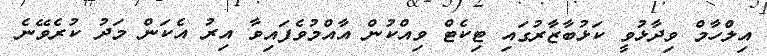
އިލްހާމް ވިދާޅުވީ ކަޅުބާޒާރުގައި ޓިކެޓް ވިއްކުން އާއްމުވެފައިވާ އިރު އެކަން މަދު ކުރެވޭނެ